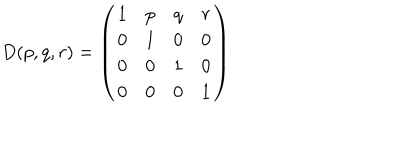
D ( p , q , r ) = \left( \begin{array} { c c c c } { { 1 } } & { { p } } & { { q } } & { { r } } \\ { { 0 } } & { { 1 } } & { { 0 } } & { { 0 } } \\ { { 0 } } & { { 0 } } & { { 1 } } & { { 0 } } \\ { { 0 } } & { { 0 } } & { { 0 } } & { { 1 } } \\ \end{array} \right)